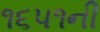
૧૬૫૧ની